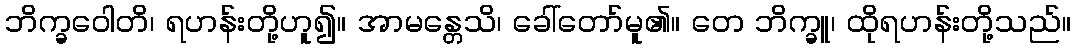
ဘိက္ခဝေါတိ၊ ရဟန်းတို့ဟူ၍။ အာမန္တေသိ၊ ခေါ်တော်မူ၏။ တေ ဘိက္ခူ၊ ထိုရဟန်းတို့သည်။